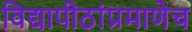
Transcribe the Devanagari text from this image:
विद्यापीठांप्रमाणेच